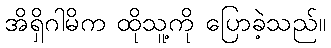
အိရှိဂါမိက ထိုသူ့ကို ပြောခဲ့သည်။